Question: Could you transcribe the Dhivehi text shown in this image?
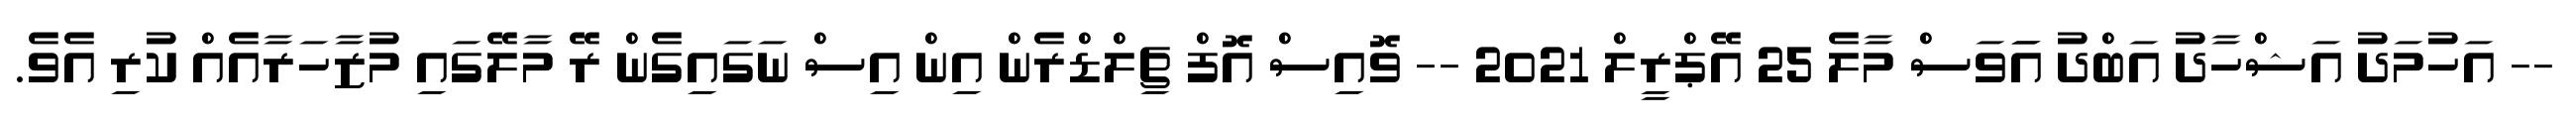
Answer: -- އަހުމަދު އަޝްހާދު އަބްދު އަަވަސް މާލެ 25 އޭޕްރީލް 2021 -- ވޮއިސް އޮފް ޗިލްޑްރެން އިން އިސް ނަގައިގެން ރޭ މާލޭގައި މުޒާހަރާއެއް ކުރި އެވެ.